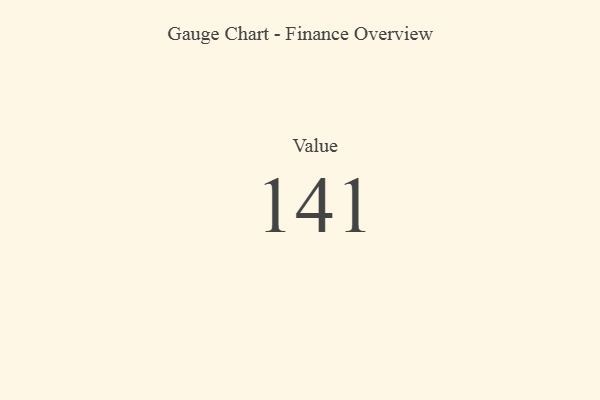
{"axis": {"x": "Metric", "y": "Value"}, "legend": [""], "data": [{"x": "Value", "y": 141, "type": ""}]}